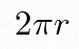
2\pi r